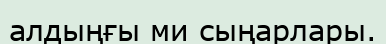
алдыңғы ми сыңарлары.